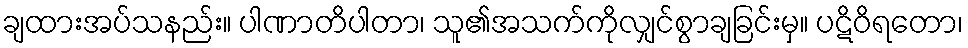
ချထားအပ်သနည်း။ ပါဏာတိပါတာ၊ သူ၏အသက်ကိုလျှင်စွာချခြင်းမှ။ ပဋိဝိရတော၊